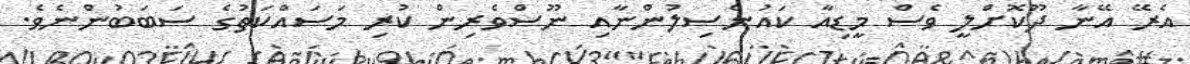
އެރޭ އޭނާ ދޫކޮށްލީ ވެސް މީޑިއާ ކައުންސިލުންނާއި ނޫސްވެރިން ކުރި މަސައްކަތުގެ ސަބަބުންނެވެ.